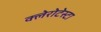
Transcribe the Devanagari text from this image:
क्लेरोटेस्टा